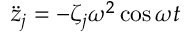
\ddot { z } _ { j } = - \zeta _ { j } \omega ^ { 2 } \cos \omega t